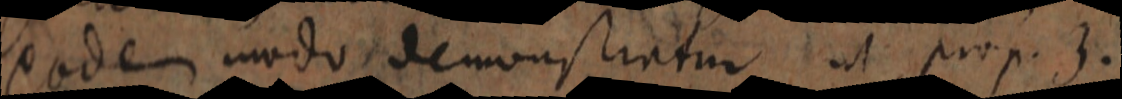
eodem modo demonstratur ut prop. 3.